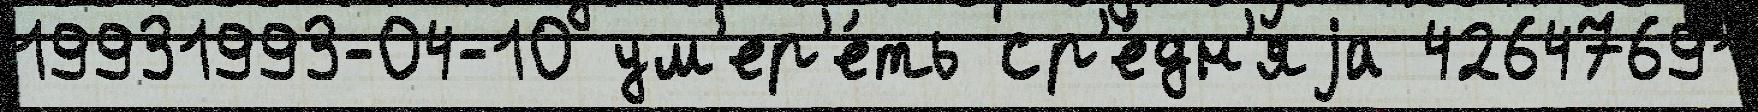
19931993-04-10 ум'ер'е́ть ср'е́дн'яjа 42647691